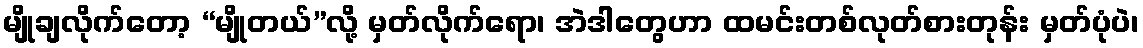
မျိုချလိုက်တော့ “မျိုတယ်”လို့ မှတ်လိုက်ရော၊ အဲဒါတွေဟာ ထမင်းတစ်လုတ်စားတုန်း မှတ်ပုံပဲ၊